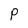
Character: P